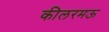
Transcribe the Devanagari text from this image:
कीलरमऊ